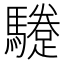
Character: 𩦬